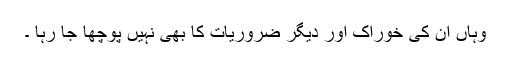
وہاں ان کی خوراک اور دیگر ضروریات کا بھی نہیں پوچھا جا رہا ۔